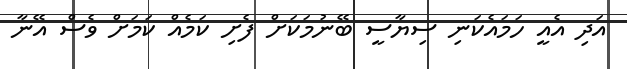
އަދި އެއީ ހަމައެކަނި ސިޔާސީ ބޭނުމަކަށް ފެށި ކަމެއް ކަމަށް ވެސް އޭނާ